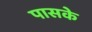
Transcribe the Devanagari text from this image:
पासके